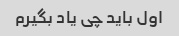
اول باید چی یاد بگیرم